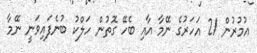
އުމުރުން 21 އަހަރުގެ ނޭމާ އާއި ބެހޭ ގޮތުން ހަލްކު ބުނެފައިވަނީ ނޭމާ